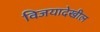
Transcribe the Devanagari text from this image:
विजयादेखील